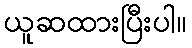
ယူဆထားပြီးပါ။